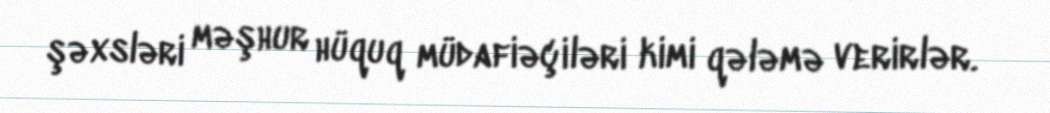
şəxsləri məşhur hüquq müdafiəçiləri kimi qələmə verirlər.